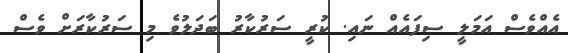
އެއްވެސް އަމަލީ ސިފައެއް ނައި. ކުރީ ސަރުކާރު ބަދަލުވެ މި ސަރުކާރަށް ވެސް